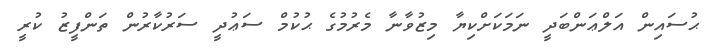
ޙުސައިން އަލްޢަންބަދީ ނަމަކަށްކިޔާ މިޒުވާނާ މެރުމުގެ ޙުކުމް ސަޢުދީ ސަރުކާރުން ތަންފީޒު ކުރީ